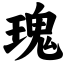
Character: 瑰